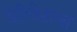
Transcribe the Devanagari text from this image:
डेरिवेशन्स